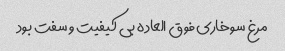
مرغ سوخاری فوق العاده بی کیفیت و سفت بود